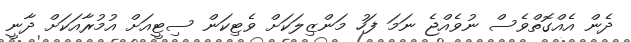
ދެން އެއްގޮތްވެސް ނުވެއްޖެ ނަމަ ފަހު މަންޒިލަކަށް ވެޓިކަން ސިޓީއަށް އުމުރާއަކަށް ދާނީ